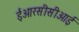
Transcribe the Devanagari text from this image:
ईआरसीसीआई